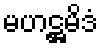
မဟဋ္ဌမိဒံ